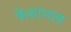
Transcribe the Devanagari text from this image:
केशाभाव